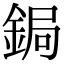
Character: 鋦